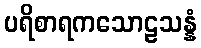
ပရိစာရကသောဠသန္နံ